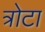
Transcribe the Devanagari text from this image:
त्रोटा